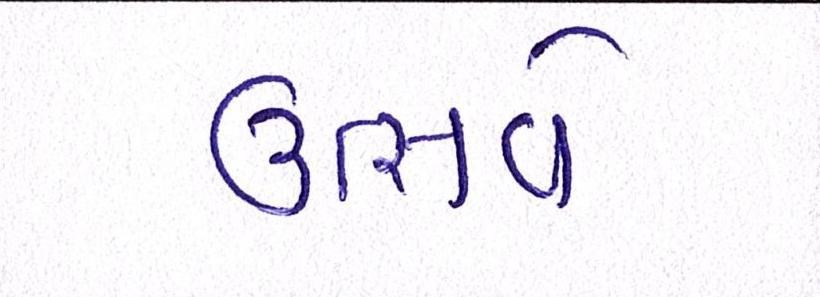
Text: ઉત્સવે